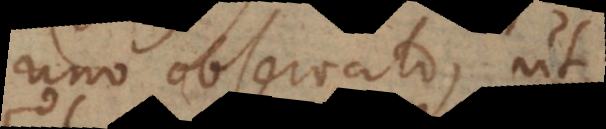
uno observato, ut